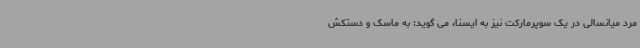
مرد میانسالی در یک سوپرمارکت نیز به ایسنا، می گوید: به ماسک و دستکش